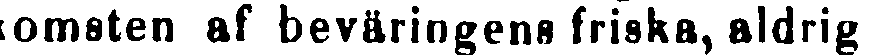
komsten af beväringens friska, aldrig